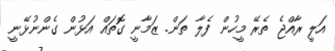
އަލީ ރާއްޖެ ތެރޭ މީހުން ފެލާ ތަން. ޒަމާނީ ގޮތައް އަޅުން ގެންނުޅޭނީ